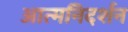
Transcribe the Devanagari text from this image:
आत्मनिदर्शन